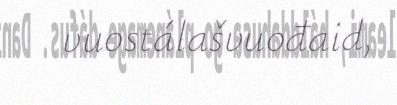
vuostálašvuođaid,